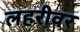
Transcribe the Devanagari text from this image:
लहरीवर